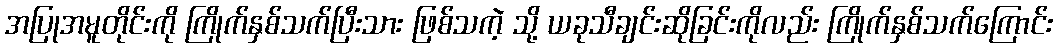
အပြုအမူတိုင်းကို ကြိုက်နှစ်သက်ပြီးသား ဖြစ်သကဲ့ သို့ ယခုသီချင်းဆိုခြင်းကိုလည်း ကြိုက်နှစ်သက်ကြောင်း